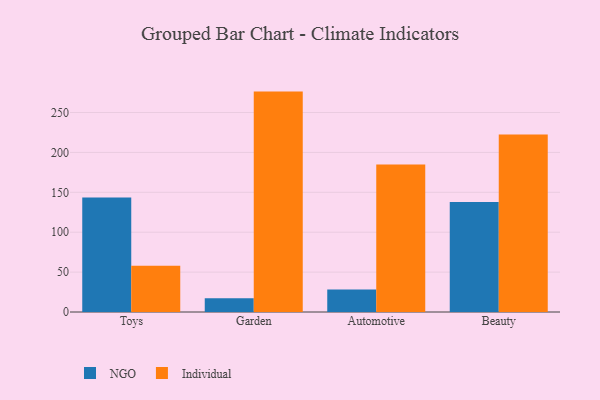
{"axis": {"x": "Category", "y": "Churn Rate (%)"}, "legend": ["Individual", "NGO"], "data": [{"x": "Toys", "y": 143.6, "type": "NGO"}, {"x": "Toys", "y": 58.0, "type": "Individual"}, {"x": "Garden", "y": 17.2, "type": "NGO"}, {"x": "Garden", "y": 276.2, "type": "Individual"}, {"x": "Automotive", "y": 28.3, "type": "NGO"}, {"x": "Automotive", "y": 184.8, "type": "Individual"}, {"x": "Beauty", "y": 138.0, "type": "NGO"}, {"x": "Beauty", "y": 222.4, "type": "Individual"}]}